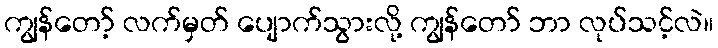
ကျွန်တော့် လက်မှတ် ပျောက်သွားလို့ ကျွန်တော် ဘာ လုပ်သင့်လဲ။